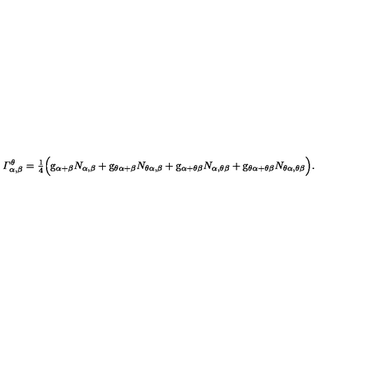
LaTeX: { \mit { \Gamma } } _ { \alpha , \beta } ^ { \theta } = { \textstyle { \frac { 1 } { 4 } } } \Bigl ( \mathrm { \sl g } _ { \alpha + \beta } N _ { \alpha , \beta } + \mathrm { \sl g } _ { \theta \alpha + \beta } N _ { \theta \alpha , \beta } + \mathrm { \sl g } _ { \alpha + \theta \beta } N _ { \alpha , \theta \beta } + \mathrm { \sl g } _ { \theta \alpha + \theta \beta } N _ { \theta \alpha , \theta \beta } \Bigr ) .